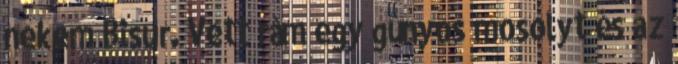
nekem Bisur. Vett rám egy gúnyos mosolyt és az